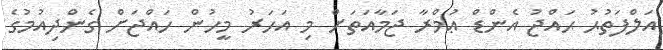
އަލްފަތުޙު ޙައްޖު އެންޑް ޢުމްރާ ޖަމާއަތަށް މި އަހަރު މީހުން ހައްޖަށް ގެންދިއުމުގެ